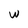
Character: W